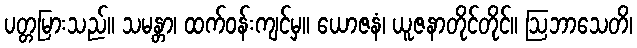
ပတ္တမြားသည်။ သမန္တာ၊ ထက်ဝန်းကျင်မှ။ ယောဇနံ၊ ယူဇနာတိုင်တိုင်။ ဩဘာသေတိ၊